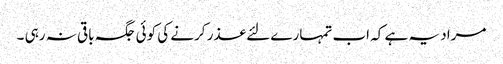
مراد یہ ہے کہ اب تمہارے لئے عذر کرنے کی کوئی جگہ باقی نہ رہی ۔